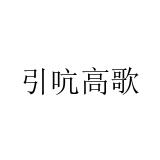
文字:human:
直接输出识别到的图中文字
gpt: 引吭高歌